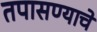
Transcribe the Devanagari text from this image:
तपासण्याचे